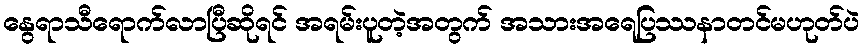
နွေရာသီရောက်လာပြီဆိုရင် အရမ်းပူတဲ့အတွက် အသားအရေပြဿနာတင်မဟုတ်ပဲ